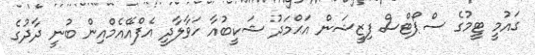
ގައުމީ ޓީމުގެ ސްޕޯޓްސް ފިޒީޝަން އަޙްމަދު ޝަކީބުއާ ހަވާލާދީ އެފްއޭއެމްއިން ބުނީ ދާދުގެ